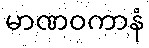
မာဏဝကာနံ